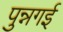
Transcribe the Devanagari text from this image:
पुन्नगई